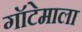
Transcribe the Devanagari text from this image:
गॉटेमाला